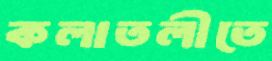
কলাতলীতে